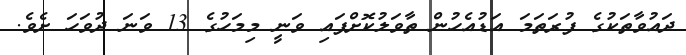
ދައުވާތަކުގެ ފުރަތަމަ އަޑުއެހުން ތާވަލުކޮށްފައި ވަނީ މިމަހުގެ 13 ވަނަ ދުވަހަ ށެވެ.